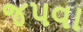
જપવા